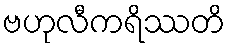
ဗဟုလီကရိဿတိ